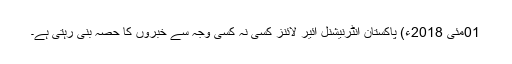
01مئی 2018ء) پاکستان انٹرنیشنل ائیر لائنز کسی نہ کسی وجہ سے خبروں کا حصہ بنی رہتی ہے۔